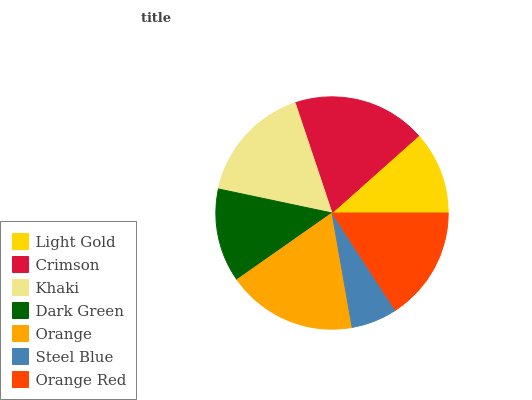
| Light Gold | Crimson | Khaki | Dark Green | Orange | Steel Blue | Orange Red |
 | --- | --- | --- | --- | --- | --- | --- |
 | 11.6% | 18.6% | 16.6% | 13.1% | 18% | 6.41% | 15.8% |